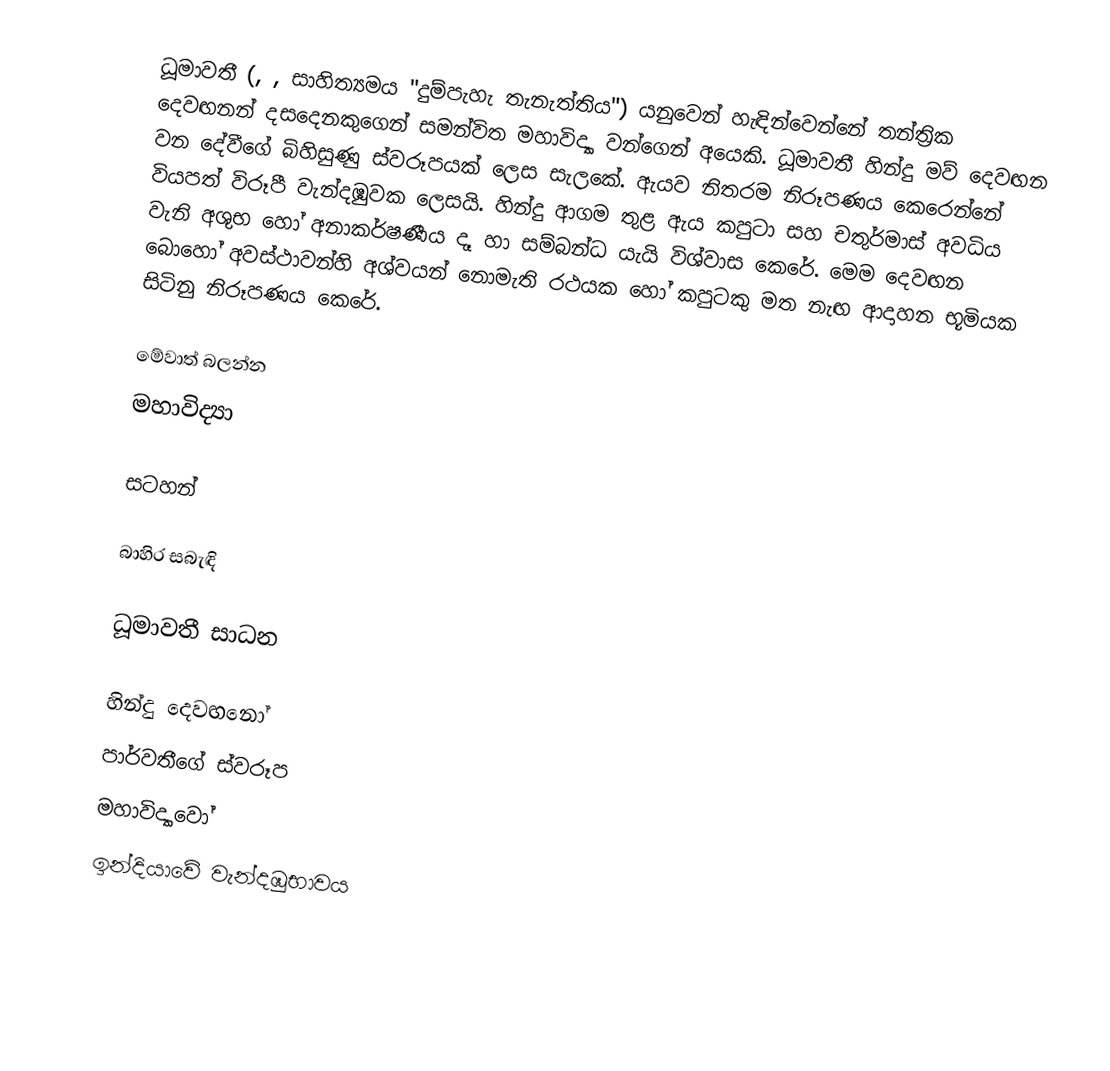
ධූමාවතී (, , සාහිත්‍යමය "දුම්පැහැ තැනැත්තිය") යනුවෙන් හැඳින්වෙන්නේ තන්ත්‍රික දෙවඟනන් දසදෙනකුගෙන් සමන්විත මහාවිද්‍යා  වන්ගෙන් අයෙකි. ධූමාවතී හින්දු මව් දෙවඟන වන දේවීගේ බිහිසුණු ස්වරූපයක් ලෙස සැලකේ. ඇයව නිතරම නිරූපණය කෙරෙන්නේ වියපත් විරූපී වැන්දඹුවක ලෙසයි. හින්දු ආගම තුළ ඇය කපුටා සහ චතුර්මාස් අවධිය වැනි අශුභ හෝ අනාකර්ෂණීය දෑ හා සම්බන්ධ යැයි විශ්වාස කෙරේ. මෙම දෙවඟන බොහෝ අවස්ථාවන්හි අශ්වයන් නොමැති රථයක හෝ කපුටකු මත නැඟ ආදාහන භූමියක සිටිනු නිරූපණය කෙරේ.

මේවාත් බලන්න
මහාවිද්‍යා

සටහන්

බාහිර සබැඳි

 ධූමාවතී සාධන

හින්දු දෙවඟනෝ
පාර්වතීගේ ස්වරූප
මහාවිද්‍යාවෝ
ඉන්දියාවේ වැන්දඹුභාවය